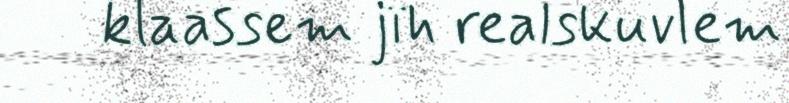
klaassem jïh realskuvlem